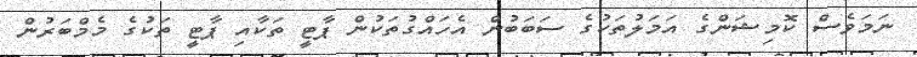
ނަމަވެސް ކޮމިޝަންގެ އަމަލުތަކުގެ ސަބަބުން އެހައްގުތަކުން ޕާޓީ ތަކާއި ޕާޓީ ތަކުގެ މެމްބަރުން